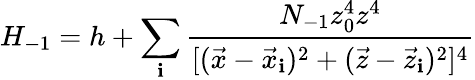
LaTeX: H_{-1}=h+\sum_{\mathbf{i}}\frac{{N_{-1}z_{0}^{4}z^{4}}}{{[(\vec{{x}}-\vec{{x}}_{\mathbf{i}})^{2}+(\vec{{z}}-\vec{{z}}_{\mathbf{i}})^{2}]^{4}}}